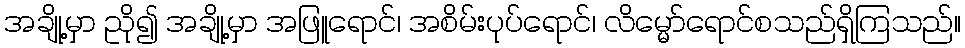
အချို့မှာ ညို၍ အချို့မှာ အဖြူရောင်၊ အစိမ်းပုပ်ရောင်၊ လိမ္မော်ရောင်စသည်ရှိကြသည်။